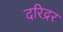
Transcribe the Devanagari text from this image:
दरिद्रर